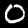
Label: 0